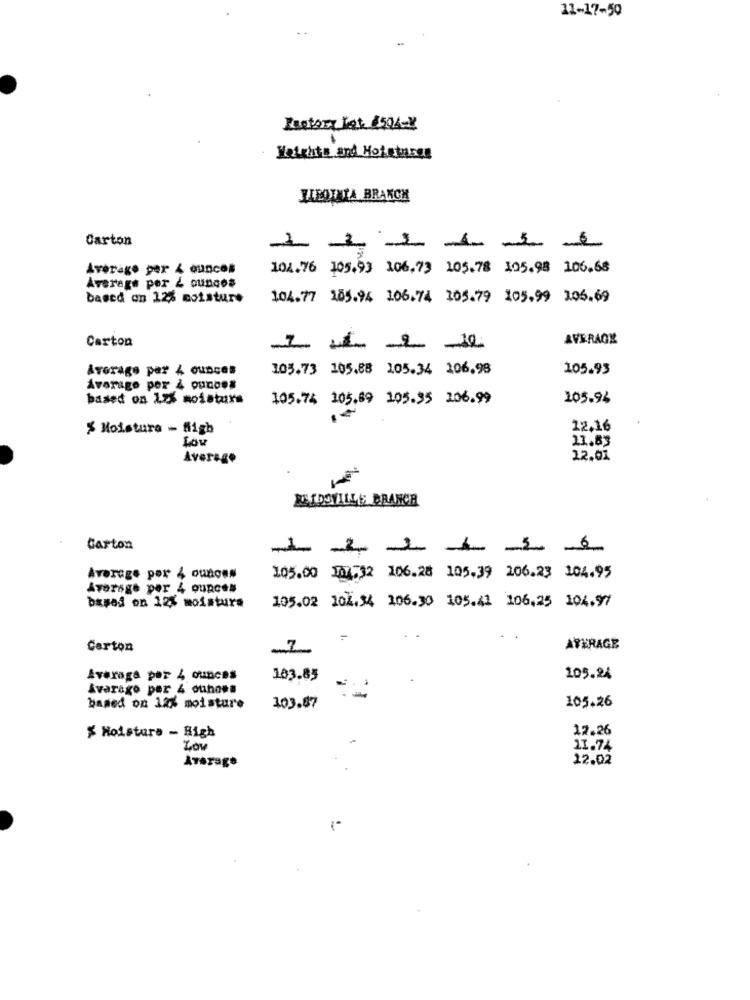
11-17-50
Lastory let #504-X
Heights and Hotetaxes
HIROTALA BRANCH
Carton
Average per 4 ounces
104.76 105.93 106.73 105.78 105.98 106.68
Average por & ounces
based on 12% moisture
104.77 285.94 106.74 105.79 105.99 1.05.69
Carton
AVERAGE
Average per 4 ounces
105.73 105.88 105.34 106.98
105.93
Average per 4 oucosa
based on 1.25 moisture
105.74 105.89 105.35 106.99
105.94
% Moisture - fligh
12.16
Lov
11.83
Average
22.01
RETDOVILLE BRANCH
Carton
Average por 4 ounces
105.00 107:32 106.28 105.39 206.23 104.95
Average per 4 ounces
based on 12% moisture
105.02 104.34 106.30 105.41 106,25 104.97
Carton
AVERAGE
Avaraga par 4 ounces
183.85
105.24
Avarago per & ouhons
105.26
based on 12% moisture
103.87
12.26
$ Moisture - High
Lov
11.74
Average
12.02